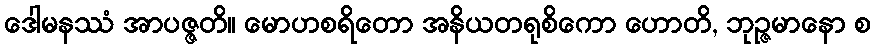
ဒေါမနဿံ အာပဇ္ဇတိ။ မောဟစရိတော အနိယတရုစိကော ဟောတိ, ဘုဉ္ဇမာနော စ